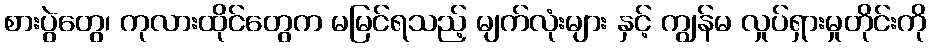
စားပွဲတွေ၊ ကုလားထိုင်တွေက မမြင်ရသည့် မျက်လုံးများ နှင့် ကျွန်မ လှုပ်ရှားမှုတိုင်းကို